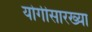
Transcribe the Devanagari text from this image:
योगीसारख्या